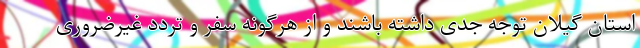
استان گیلان توجه جدی داشته باشند و از هرگونه سفر و تردد غیرضروری